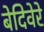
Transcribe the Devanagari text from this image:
बेदिवेरे